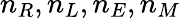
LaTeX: n_{R},n_{L},n_{E},n_{M}